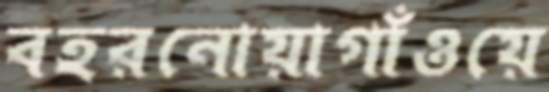
বহরনোয়াগাঁওয়ে